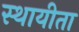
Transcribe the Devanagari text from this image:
स्थायीता